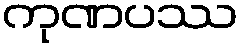
ကုဏပဿ